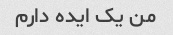
من یک ایده دارم